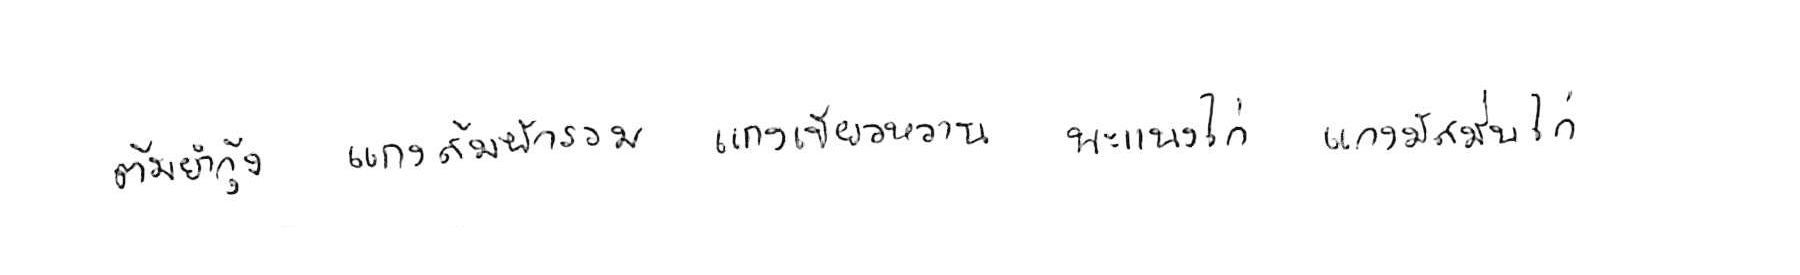
ต้มยำกุ้ง แกงส้มผักรวม แกงเขียวหวาน พะแนงไก่ แกงมัสมั่นไก่